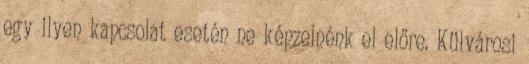
egy ilyen kapcsolat esetén ne képzelnénk el előre. Külvárosi